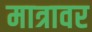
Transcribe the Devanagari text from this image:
मात्रावर